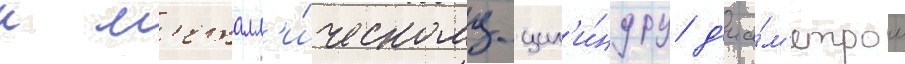
к м'еталл'и́ческому цил'и́ндру д'иа́м'етром